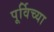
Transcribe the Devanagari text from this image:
पूर्विच्या